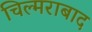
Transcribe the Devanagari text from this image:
चिल्मराबाद